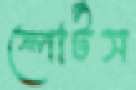
ষ্পোর্টস